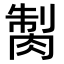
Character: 𦜾